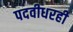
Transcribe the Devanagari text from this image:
पदवीधरही